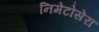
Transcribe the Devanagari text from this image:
निमेटोसेरा